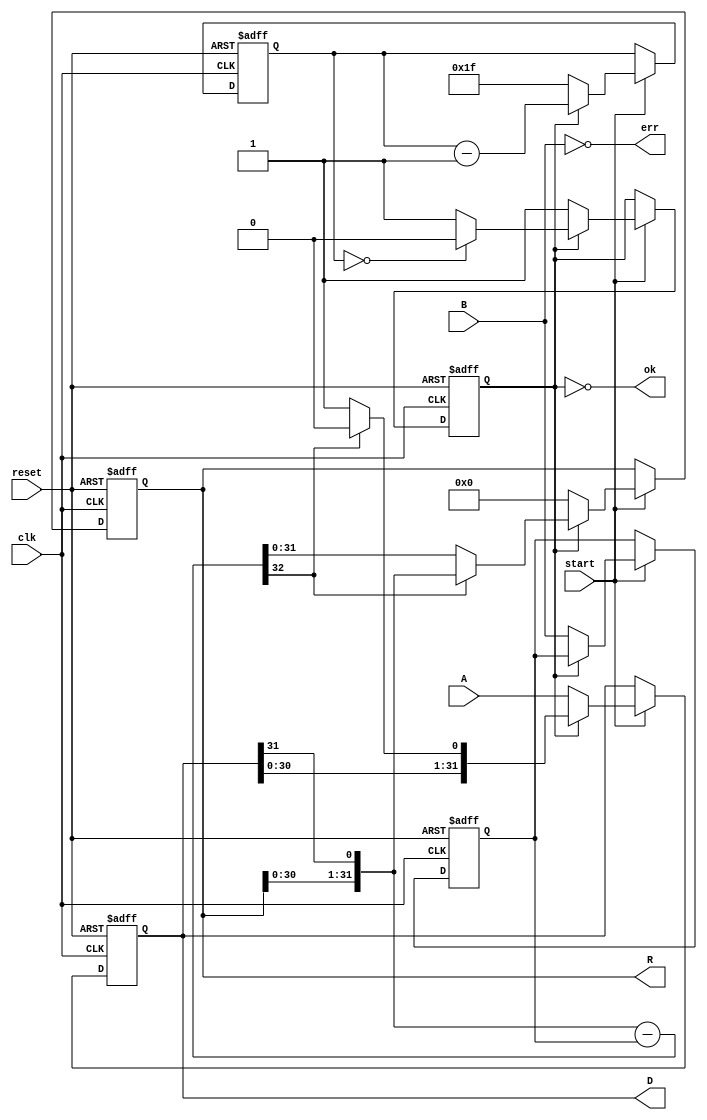
// fpga4student.com FPGA projects, Verilog projects, VHDL projects 
// Verilog project: Verilog code for 32-bit divider 
// Verilog code for divider using behavioral modelling
module Divide(  
  input      clk,  
  input      reset,  
  input      start,  
  input [31:0]  A,  
  input [31:0]  B,  
  output [31:0]  D,  
  output [31:0]  R,  
  output     ok ,   // =1 when ready to get the result   
      output err  
  ); 
  reg       active;   // True if the divider is running  
  reg [4:0]    cycle;   // Number of cycles to go  
  reg [31:0]   result;   // Begin with A, end with D  
  reg [31:0]   denom;   // B  
  reg [31:0]   work;    // Running R  
  // Calculate the current digit  
  wire [32:0]   sub = { work[30:0], result[31] } - denom;  
      assign err = !B;  
  // Send the results to our master  
  assign D = result;  
  assign R = work;  
  assign ok = ~active;
// fpga4student.com FPGA projects, Verilog projects, VHDL projects   
  // The state machine  
  always @(posedge clk,posedge reset) begin  
    if (reset) begin  
      active <= 0;  
      cycle <= 0;  
      result <= 0;  
      denom <= 0;  
      work <= 0;  
    end  
    else if(start) begin  
      if (active) begin  
        // Run an iteration of the divide.  
        if (sub[32] == 0) begin  
          work <= sub[31:0];  
          result <= {result[30:0], 1'b1};  
        end  
        else begin  
          work <= {work[30:0], result[31]};  
          result <= {result[30:0], 1'b0};  
        end  
        if (cycle == 0) begin  
          active <= 0;  
        end  
        cycle <= cycle - 5'd1;  
      end  
      else begin  
        // Set up for an unsigned divide.  
        cycle <= 5'd31;  
        result <= A;  
        denom <= B;  
        work <= 32'b0;  
        active <= 1;  
      end  
    end  
  end  
endmodule